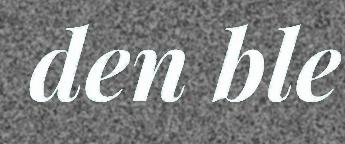
den ble